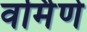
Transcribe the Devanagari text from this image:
वर्मिणे